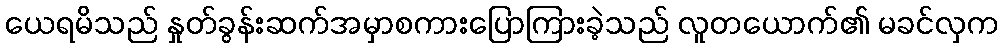
ယေရမိသည် နှုတ်ခွန်းဆက်အမှာစကားပြောကြားခဲ့သည် လူတယောက်၏ မခင်လှက